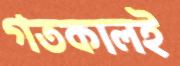
গতকালই